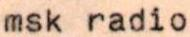
msk radio